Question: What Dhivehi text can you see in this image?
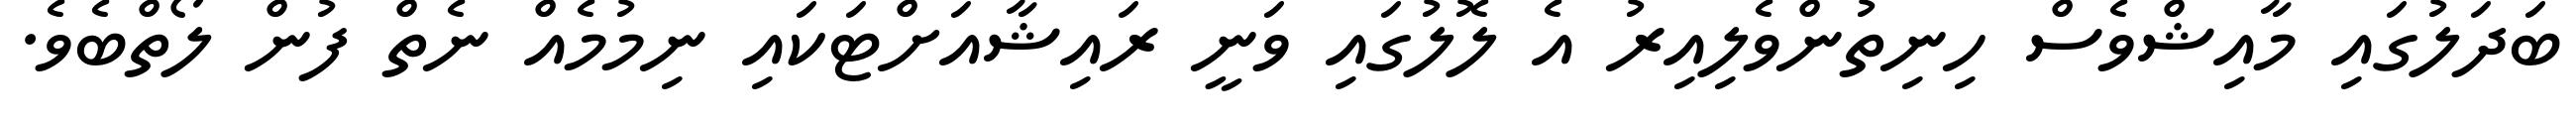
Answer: ބަދަލުގައި މާއިޝްވެސް ހިނިތުންވެލިއިރު އެ ލޮލުގައި ވަނީ ރައިޝާއަށްޓަކައި ނިމުމެއް ނެތް ފުން ލޯތްބެވެ.